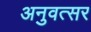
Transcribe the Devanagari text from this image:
अनुवत्सर